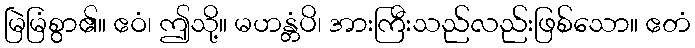
မြဲမြံစွာ၏။ ဧဝံ၊ ဤသို့။ မဟန္တံပိ၊ အားကြီးသည်လည်းဖြစ်သော။ ဧတံ